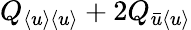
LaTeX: Q_{\langle{u}\rangle\langle{u}\rangle}+2Q_{\bar{u}\langle{u}\rangle}